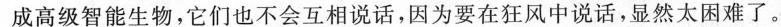
成高级智能生物，它们也不会互相说话，因为要在狂风中说话，显然太困难了。